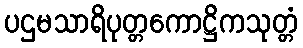
ပဌမသာရိပုတ္တကောဋ္ဌိကသုတ္တံ